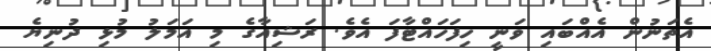
އެތަނުން އެއްބައި ވަނީ ހިފަހައްޓާފަ އެވެ. ރަޝިއާގެ މި އަމަލު މުޅި ދުނިޔެ